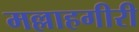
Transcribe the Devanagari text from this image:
मल्लाहगीरी